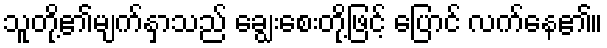
သူတို့၏မျက်နှာသည် ချွေးစေးတို့ဖြင့် ပြောင် လက်နေ၏။